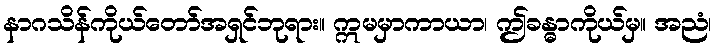
နာဂသိန်ကိုယ်တော်အရှင်ဘုရား။ ဣမမှာကာယာ၊ ဤခန္ဓာကိုယ်မှ။ အညံ၊